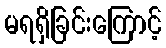
မရရှိခြင်းကြောင့်